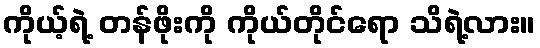
ကိုယ့်ရဲ့ တန်ဖိုးကို ကိုယ်တိုင်ရော သိရဲ့လား။